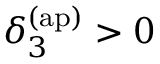
\delta _ { 3 } ^ { \mathrm { ( a p ) } } > 0